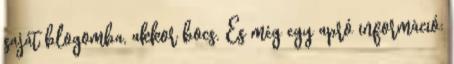
saját blogomba, akkor bocs. És még egy apró információ: